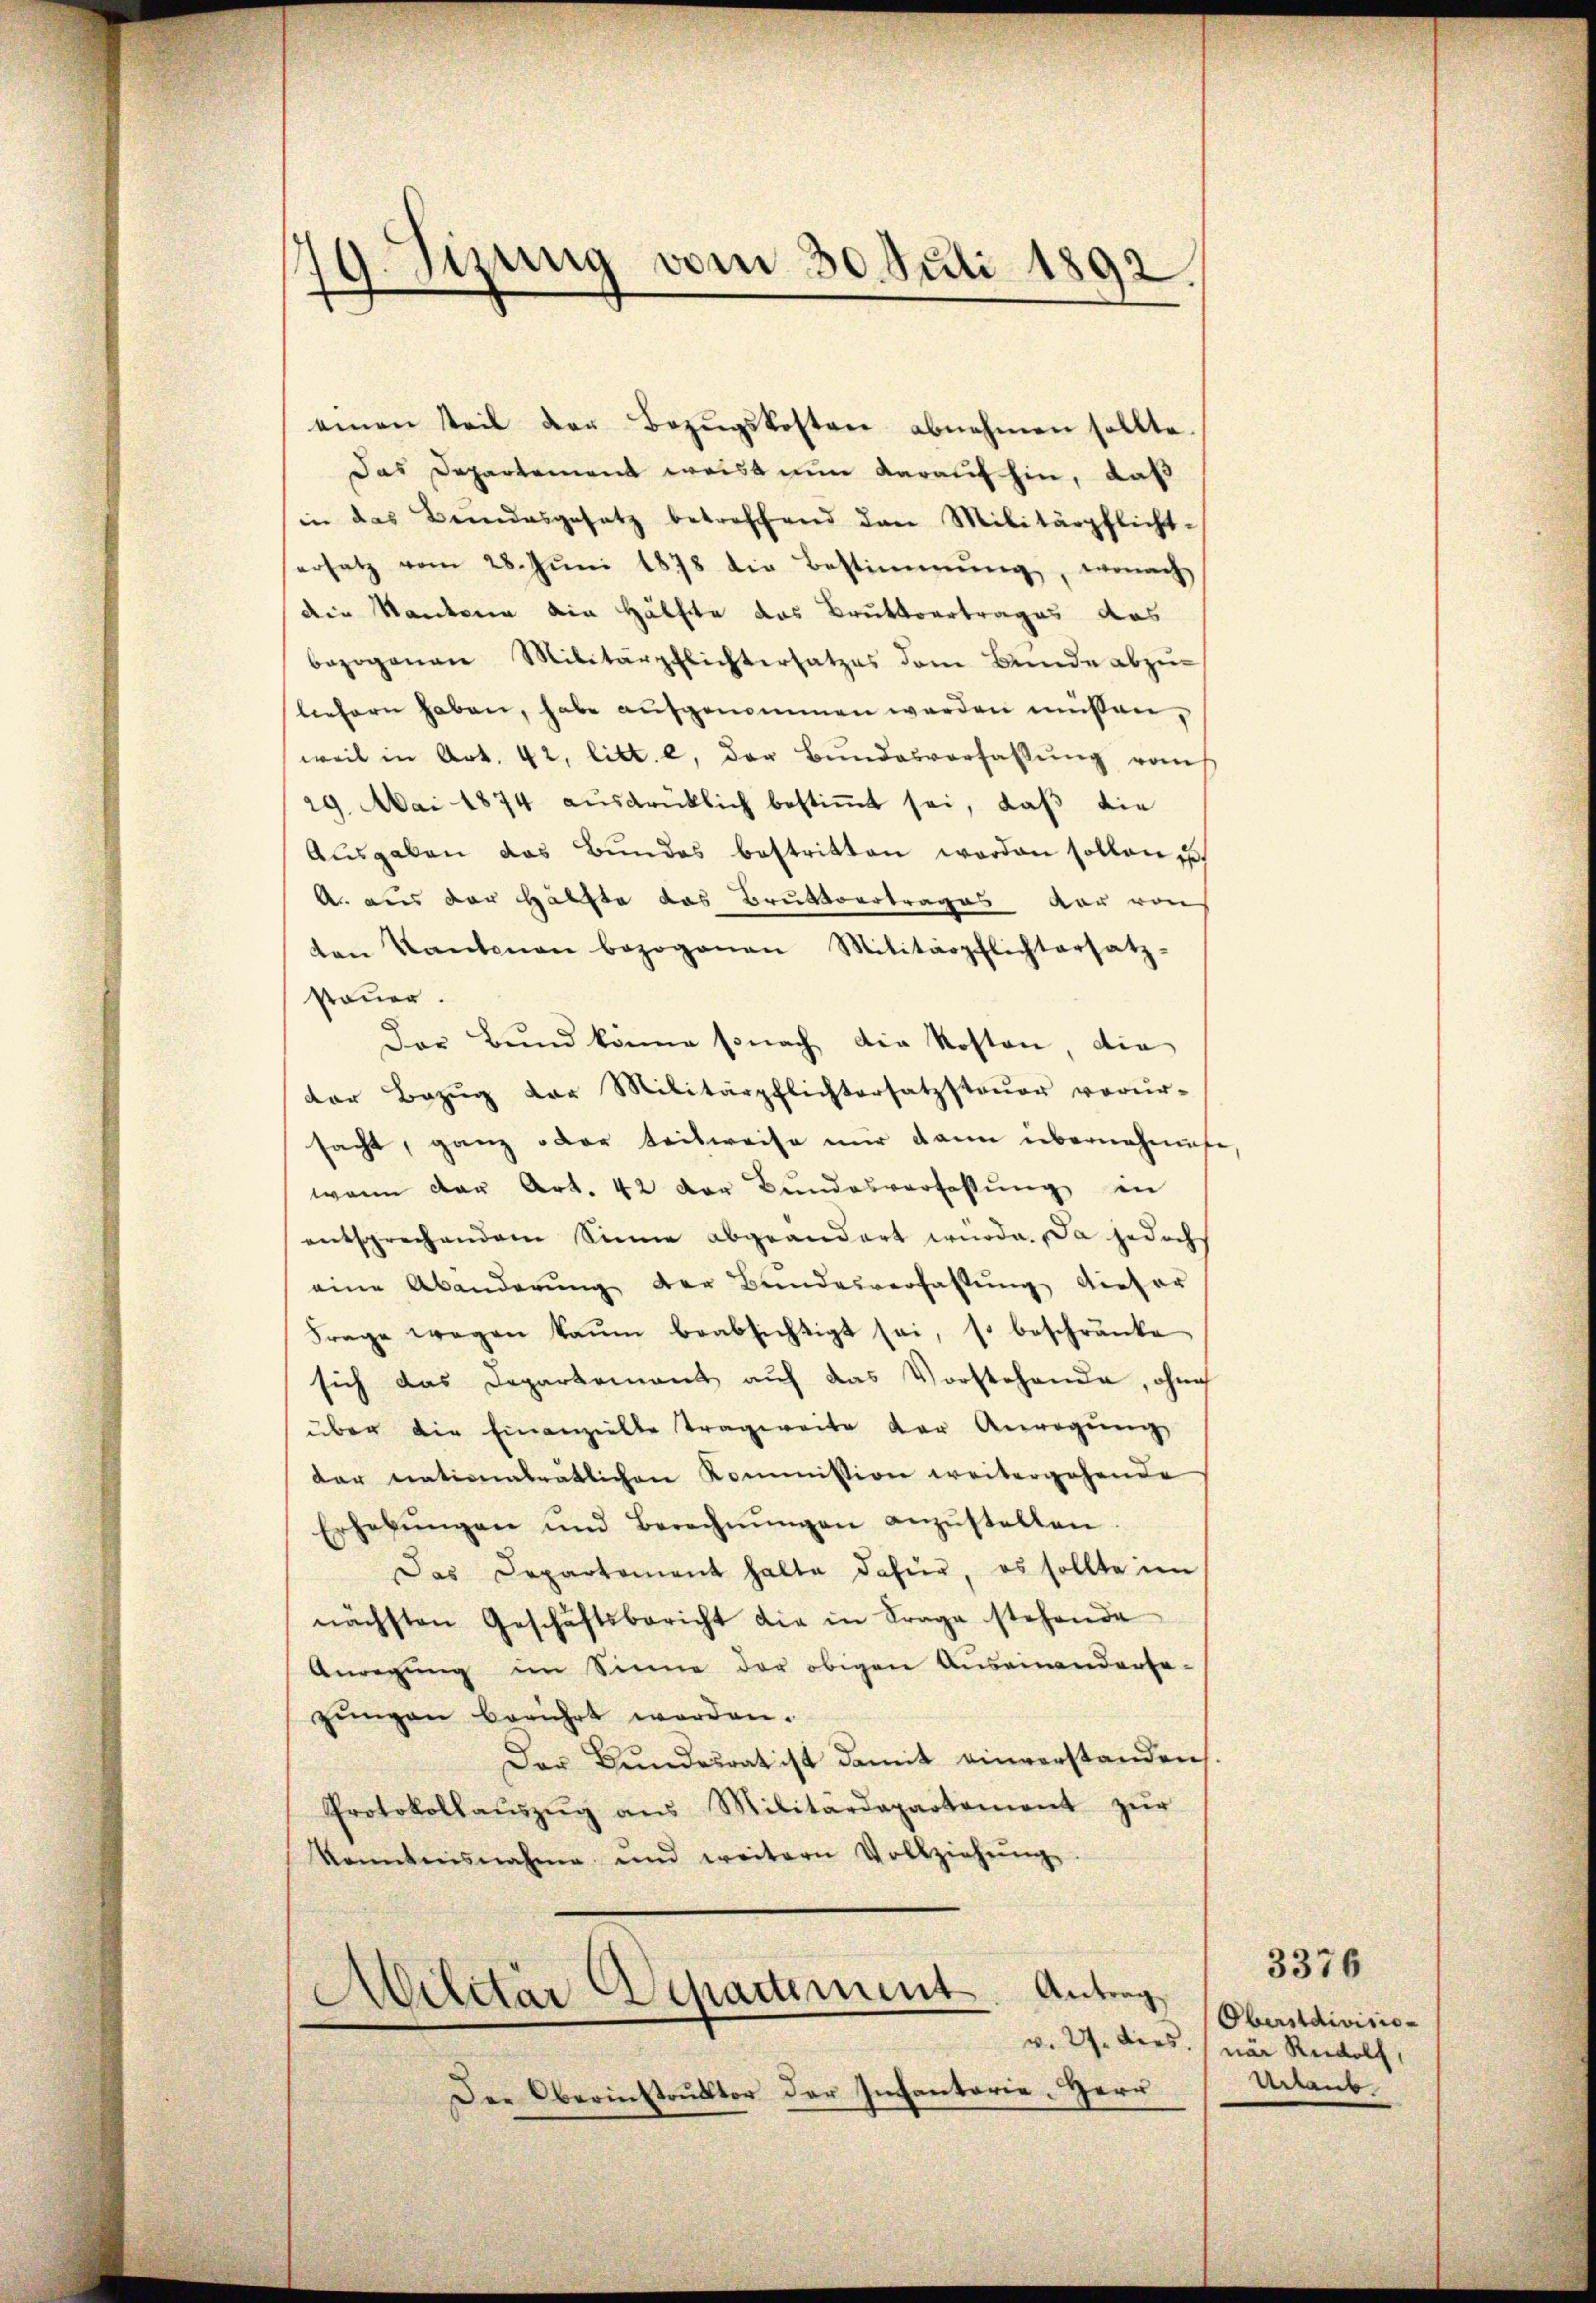
49. Sizung vom 30. Juli 1892.
f

Das Departement weiss nun darauf hin, daß
in das Bundesgesetz betreffend den Militärpflicht-
ersatz vom 28. Jŭni 1878 die Bestimmung, wonach
die Kantone die Hälfte das Bruttvertrages das
bezogenen Militärpflichtersatzes dem Bunde abzŭ-
liefern haben, habe aŭfgenommen werden müssen,
weil in Art. 42, litt. e, der Bŭndesverfassŭng vom
29. Mai 1874 aŭsdrüklich bestiṁt sei, daβ die
Aŭsgaben das Bŭndes bestritten worden sollen u.
A. aus der Hälfte das Bruktoertrages von von
ten Kantonen bezogenen Militärpflichtersatz-
steuer.
Das Bund könne sonach die Kosten, die
der Bezŭg der Militärpflichtersatzstaŭer verŭr-
sacht, ganz oder teilweise nur dann übernehmige
wann der Art. 42 der Bundesverfassung in
entsprechendem Sinne abgeändert würde. Da jedoch
eine Abänderŭng der Bundesverfassŭng dieser
Frage wegen kaum beabsichtigt sei, so beschränke
sich das Departement auf das Vorstehende, ohne
über die Finanzielle Tragweite der Anregung
dar nationalrätlichen Kommission weitergehende
Erhebŭngen und Berechnŭngen anzŭstellen
Das Departement halte dafür, es sollte im
nächsten Geschäftsbericht die in Frage stehende
Anregŭng im Sinne der obigen Auseinandersa-
zungen berührt worden.
Der Bundesrat ist damit einverstanden
Protokollaŭszŭg ans Militärdepartement zŭr
kanntnisnahme und weitern Vollziehŭng

einen Teil der Bezŭgskosten abnehmen sollte.

Militar Departement. Antrag

Der Oberinstruktor der Infantarie. Herr

3376
Oberstdivision
v. 27. dies war Rudolf,
Urlaub